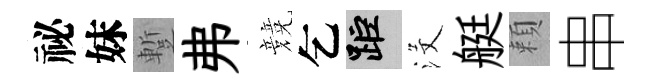
祕妹蹔弗競乞距沒艇頼串